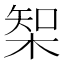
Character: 𣔇